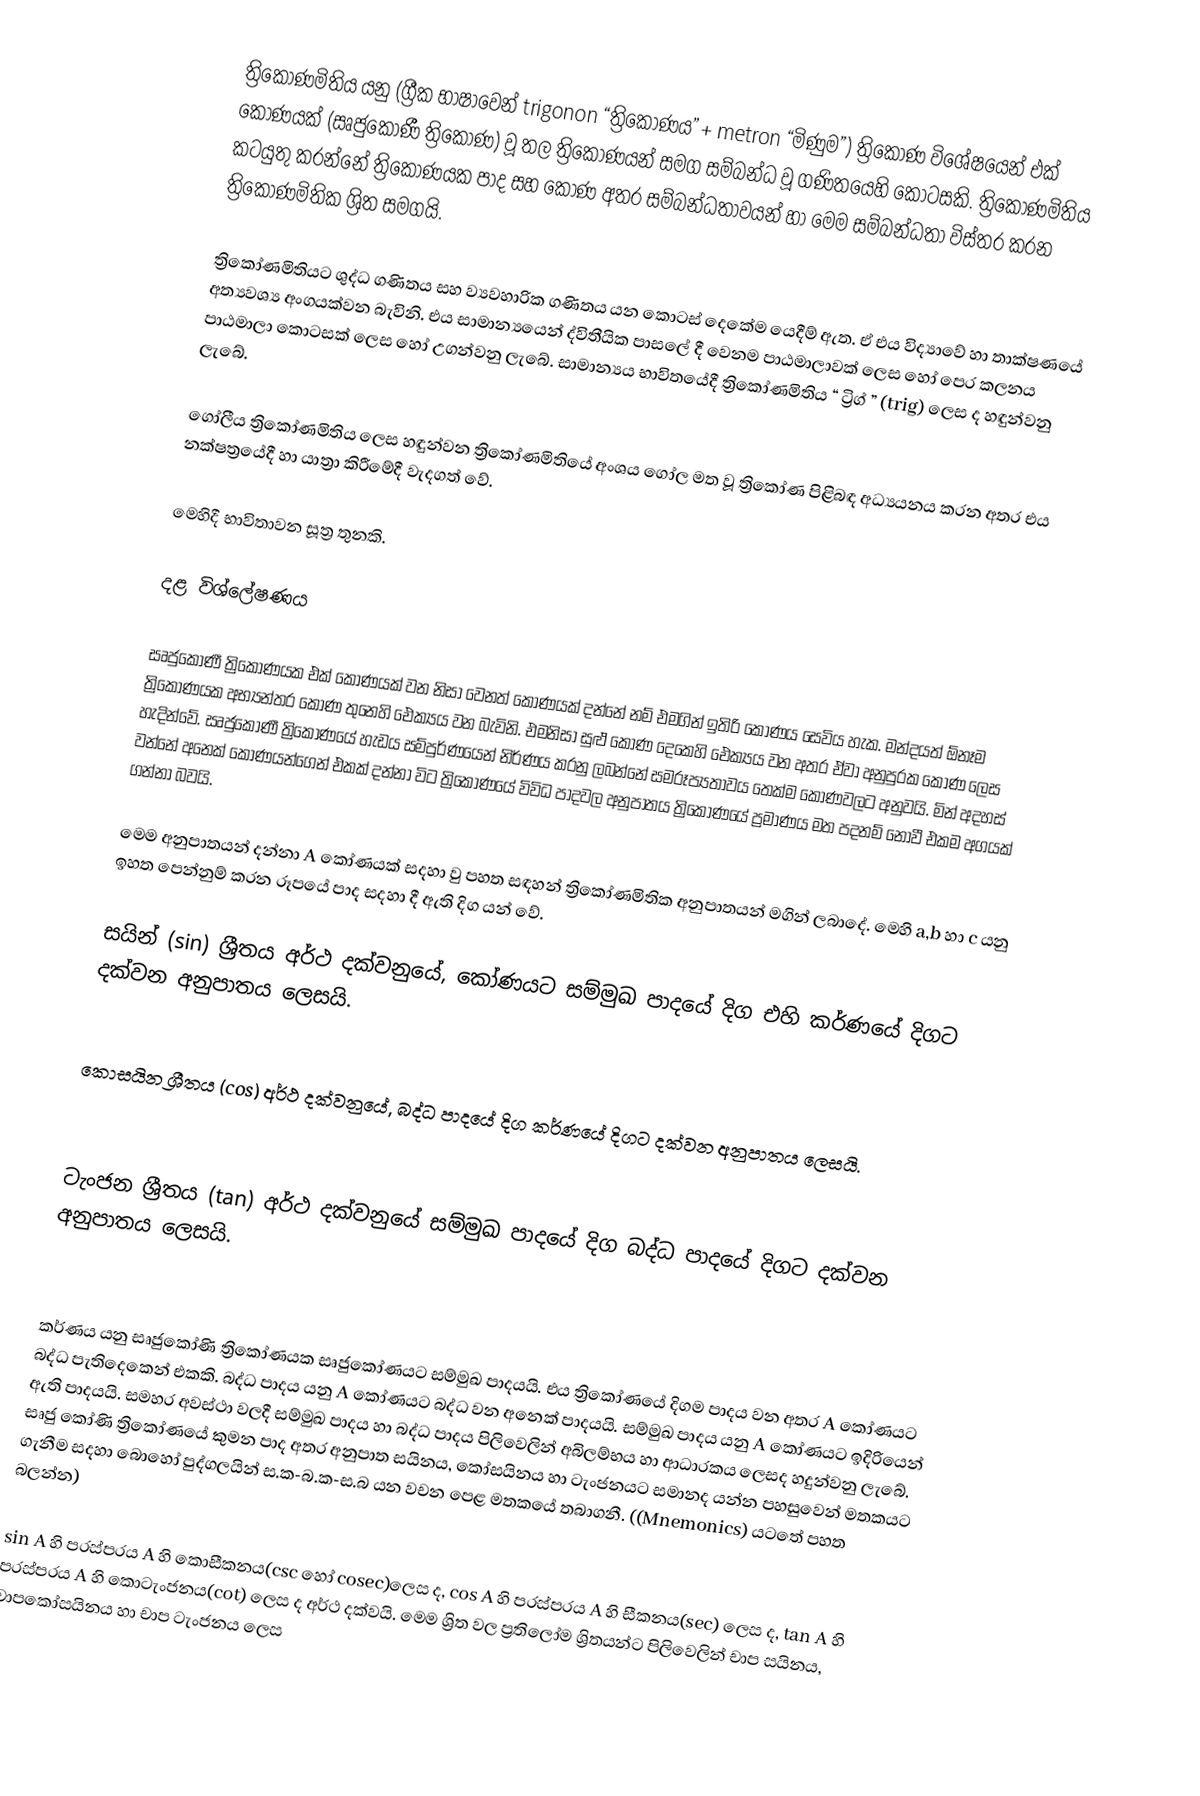
ත්‍රිකෝණමිතිය යනු (ග්‍රීක භාෂාවෙන් trigonon “ත්‍රිකෝණය” + metron “මිණුම”) ත්‍රිකෝණ විශේෂයෙන් එක් කෝණයක්  (සෘජුකෝණී ත්‍රිකෝණ) වූ තල ත්‍රිකෝණයන් සමග සම්බන්ධ වූ ගණිතයෙහි කොටසකි. ත්‍රිකෝණමිතිය කටයුතු කරන්නේ ත්‍රිකෝණයක පාද සහ කෝණ අතර සම්බන්ධතාවයන් හා මෙම සම්බන්ධතා විස්තර කරන ත්‍රිකෝණමිතික ශ්‍රිත සමගයි.

ත්‍රිකෝණමිතියට ශුද්ධ ගණිතය සහ ව්‍යවහාරික ගණිතය යන කොටස් දෙකේම යෙදීම් ඇත. ඒ එය විද්‍යාවේ හා තාක්ෂණයේ අත්‍යවශ්‍ය අංගයක්වන බැවිනි. එය සාමාන්‍යයෙන් ද්විතීයික පාසලේ දී වෙනම පාඨමාලාවක් ලෙස හෝ පෙර කලනය පාඨමාලා කොටසක් ලෙස හෝ උගන්වනු ලැබේ. සාමාන්‍යය භාවිතයේදී ත්‍රිකෝණමිතිය “ ට්‍රිග් ” (trig) ලෙස ද හඳුන්වනු ලැබේ.

ගෝලීය ත්‍රිකෝණමිතිය ලෙස හඳුන්වන ත්‍රිකෝණමිතියේ අංශය ගෝල මත වූ ත්‍රිකෝණ පිළිබඳ අධ්‍යයනය කරන අතර එය නක්ෂත්‍රයේදී හා යාත්‍රා කිරීමේදී වැදගත් වේ.

මෙහිදී භාවිතාවන සූත්‍ර තුනකි.

දළ විශ්ලේෂණය

සෘජුකෝණී ත්‍රිකෝණයක එක් කෝණයක්  වන නිසා වෙනත් කෝණයක් දන්නේ නම් එමගින් ඉතිරි කෝණය සෙවිය හැක. මන්දයත් ඕනෑම ත්‍රිකෝණයක අභ්‍යන්තර කෝණ තුනෙහි ඓක්‍යය  වන බැවිනි. එමනිසා සුළු කෝණ දෙකෙහි ඓක්‍යය  වන අතර ඒවා අනුපුරක කෝණ ලෙස හැදින්වේ. සෘජුකෝණී ත්‍රිකෝණයේ හැඩය සම්පුර්ණයෙන් නිර්ණය කරනු ලබන්නේ සමරූප්‍යතාවය තෙක්ම කෝණවලට අනුවයි. මින් අදහස් වන්නේ අනෙක් කෝණයන්ගෙන් එකක් දන්නා විට ත්‍රිකෝණයේ විවිධ පාදවල අනුපාතය ත්‍රිකෝණයේ ප්‍රමාණය මත පදනම් නොවී එකම අගයක් ගන්නා බවයි.

මෙම අනුපාතයන් දන්නා A කෝණයක් සදහා වු පහත සඳහන් ත්‍රිකෝණමිතික අනුපාතයන් මගින් ලබාදේ. මෙහි a,b හා c යනු ඉහත පෙන්නුම් කරන රූපයේ පාද සදහා දී ඇති දිග යන් වේ.

 සයින් (sin) ශ්‍රීතය අර්ථ දක්වනුයේ, කෝණයට සම්මුඛ පාදයේ දිග එහි කර්ණයේ දිගට දක්වන අනුපාතය ලෙසයි.

 කොසයින ශ්‍රීතය (cos) අර්ථ දක්වනුයේ, බද්ධ පාදයේ දිග කර්ණයේ දිගට දක්වන අනුපාතය ලෙසයි.

 ටැංජන ශ්‍රීතය (tan) අර්ථ දක්වනුයේ සම්මුඛ පාදයේ දිග බද්ධ පාදයේ දිගට දක්වන අනුපාතය ලෙසයි.

කර්ණය යනු සෘජුකෝණි ත්‍රිකෝණයක සෘජුකෝණයට සම්මුඛ පාදයයි. එය ත්‍රිකෝණයේ දිගම පාදය වන අතර A කෝණයට බද්ධ පැතිදෙකෙන් එකකි. බද්ධ පාදය යනු A කෝණයට බද්ධ වන අනෙක් පාදයයි. සම්මුඛ පාදය යනු A කෝණයට ඉදිරියෙන් ඇති පාදයයි. සමහර අවස්ථා වලදී සම්මුඛ පාදය හා බද්ධ පාදය පිලිවෙලින් අබිලම්භය හා ආධාරකය ලෙසද හදුන්වනු ලැබේ. සෘජු කෝණි ත්‍රිකෝණයේ කුමන පාද අතර අනුපාත සයිනය, කෝසයිනය හා ටැංජනයට සමානද යන්න පහසුවෙන් මතකයට ගැනීම සදහා බොහෝ පුද්ගලයින් ස.ක-බ.ක-ස.බ යන වචන පෙළ මතකයේ තබාගනී. ((Mnemonics) යටතේ පහත බලන්න)

sin A හි පරස්පරය A හි කොසීකනය(csc හෝ cosec)ලෙස ද, cos A හි පරස්පරය A හි සීකනය(sec) ලෙස ද, tan A හි පරස්පරය A හි කොටැංජනය(cot) ලෙස ද අර්ථ දක්වයි. මෙම ශ්‍රිත වල ප්‍රතිලෝම ශ්‍රිතයන්ට පිලිවෙලින් චාප සයිනය, චාපකෝසයිනය හා චාප ටැංජනය ලෙස